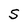
Character: S